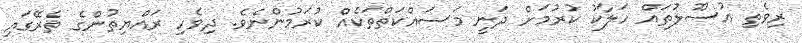
ރިވެތި އުސޫލުތައް ހަލާކު ކުރުމަށް ދަނީ މަސައްކަތްތަކެއް ކުރަމުންނެވެ. ދިވެހި ރައްޔިތުންގެ ތެރޭގައި